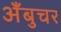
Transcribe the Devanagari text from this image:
अँबुचर